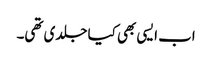
اب ایسی بھی کیا جلدی تھی۔